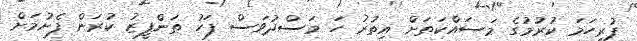
ފުރިހަމަ ކުރުމުގެ މަސައްކަތަށް އިތުރު ހަ މަސްދުވަސް ފަހު ތަންފީޒު ކުރަން ފެށުމަށް